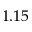
1 . 1 5